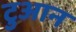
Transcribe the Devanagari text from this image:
टुआन